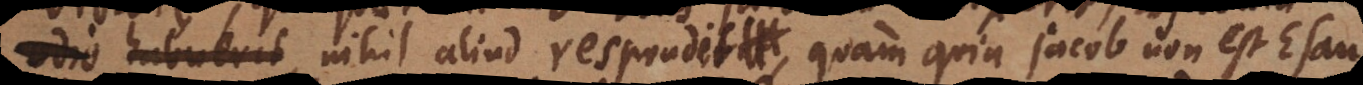
Esavum, nihil aliud respondit quam quia Jacob non est Esau.